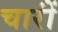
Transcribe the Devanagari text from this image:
चारोंं